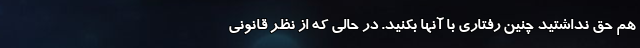
هم حق نداشتید چنین رفتاری با آنها بکنید. در حالی که از نظر قانونی